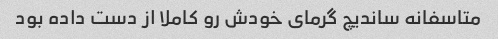
متاسفانه ساندیچ گرمای خودش رو کاملا از دست داده بود